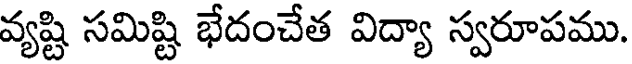
వ్యష్టి సమిష్టి భేదంచేత విద్యా స్వరూపము.